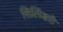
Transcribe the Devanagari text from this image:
सिलिंडरी